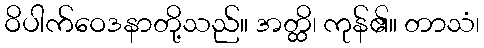
ဝိပါက်ဝေဒနာတို့သည်။ အတ္ထိ၊ ကုန်၏။ တာသံ၊